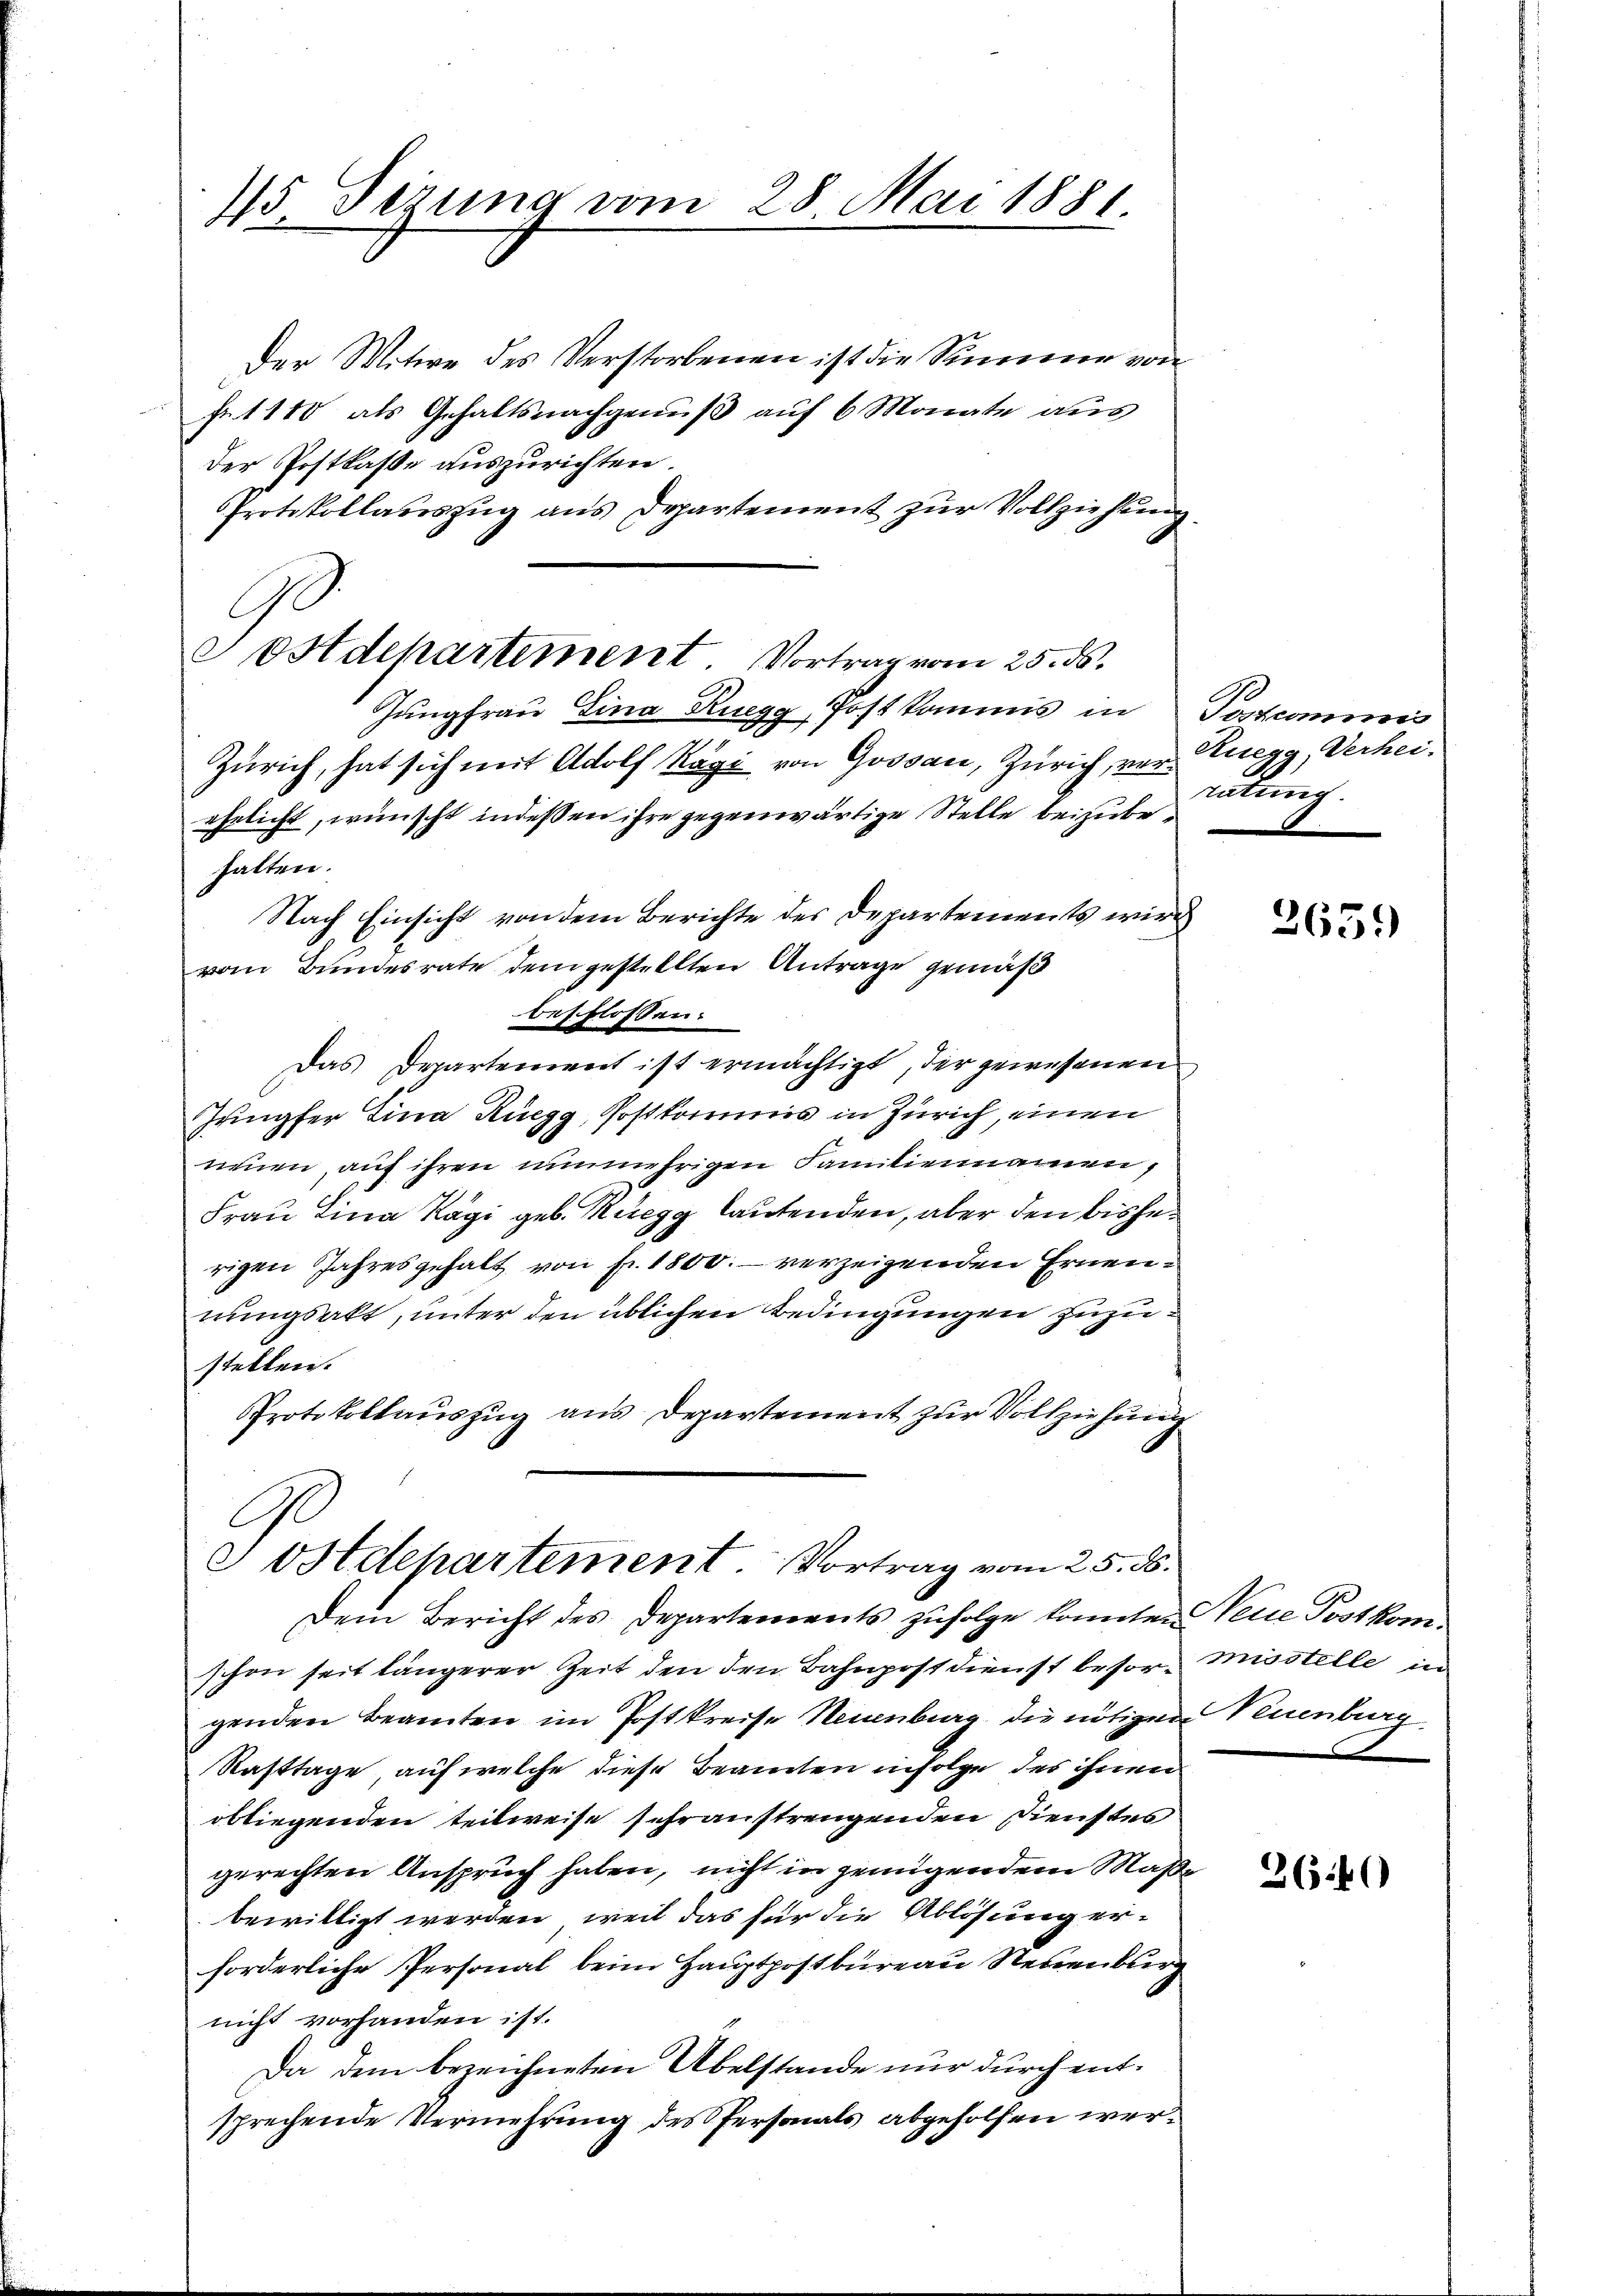
15 Setzung vom 28 Mai 1881

Der Witwe des Verstorbenen ist die Simmer von
Fr. 1100 als Gehaltsnachgenuß auf 6 Monate aus
der Postkasse auszurichten.
Protokollauszug aus Departement zur Vollziehung
Jungfrau Lina Ruegg, Postkommis in Postcommis
Zürich, hat sich mit Adolf Kägi von Gossau, Zürich, vor Ruegg, Verheiehelicht, wünscht indessen ihre gegenwärtige Stelle beizubehalten.
Nach Einsicht von dem Berichte des Departements wird
vom Bundesrate dem gestellten Antrage gemäß
beschlossen:
Das Departement ist ermächtigt, der gewesenen
Jungfer Lina Ruegg, Postkorrimis in Zürich, einen
nmen, auf ihren nunmehrigen Familiennamen,
Frau Lina Kägi geb. Rüegg lautenden, aber den bisherigen Jahresgehalt von fr. 1800. verzeigenden Ernennungsakt, unter den üblichen Bedingungen zuzustellen.
Protokollauszug aus Departement zur Vollziehung

ostdepartement. Vortrag vom 25. ds.

ostdepartement. Vortrag vom 25. 56.

Dem Bericht des Departements zufolge konnten Neue Postkomschon seit längerer Zeit den den Bahnpostdienst besor Misstelle in
genden Beamten im Postkreise Neuenburg die nötigen Neuenburg
Rasttage, auf welche diese Beamten infolge des ihnen
obliegenden teilweise schranstrengenden Dienstes
gerechten Anspruch haben, nicht in genügendem Maße
bewilligt werden, weil das für die Ablösung er-
forderliche Personal beim Hauptpostbureau Neuenburg
nicht vorhanden ist.
Da dem bezeichneten Übelstande nur durch entsprechende Vermehrung des Personals abgeholfen wer¬

ratung.

3639

26.40)